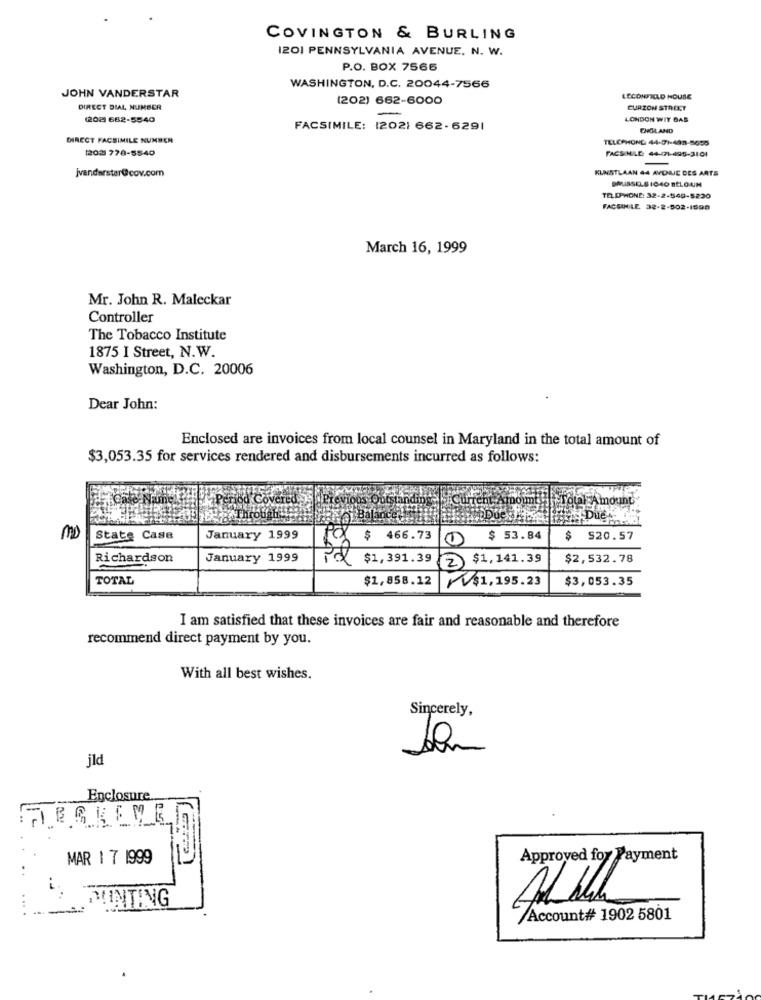
COVINGTON & BURLING
1201 PENNSYLVANIA AVENUE, N. W.
P.O. BOX 7566
JOHN VANDERSTAR
WASHINGTON, D.C. 20044-7566
(202) 662-6000
LECONFIELD HOUSE
DIRECT DIAL NUMBER
CURZON STREET
(208) 682-5540
LONDON WIT BAS
FACSIMILE: 1202) 662-6291
ENGLAND
DIRECT FACSIMILE NUMBER
TELEPHONE 44-01-408-5695
1203 778-5540
FACSIMILE: 44-71-495-3101
jvanderstar@cov.com
KUNSTLAAN 44 AVDRIE DES ARTS
BRUSSELS 1040 EtLOUN
TELEPHONE: 32-2-549-5230
FACSIMILE 32-2-502-1598
March 16, 1999
Mr. John R. Maleckar
Controller
The Tobacco Institute
1875 I Street, N.W.
Washington, D.C. 20006
Dear John:
Enclosed are invoices from local counsel in Maryland in the total amount of
$3,053.35 for services rendered and disbursements incurred as follows:
Current
poumnt
MD
State Case
January 1999
466.73
$ 53.84
$ $20.57
Richardson
January 1999
Pal $1,391.39
2 $1,141.39
$2,532.78
TOTAL
$1,858.12
V$1,195.23
$3,053.35
I am satisfied that these invoices are fair and reasonable and therefore
recommend direct payment by you.
With all best wishes.
Sincerely,
jld
Enclosure
HIERKEME
MAR 1 7 1999
Approved for Payment
PUNTING
--
Account# 1902 5801